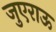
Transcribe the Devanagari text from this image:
जुएराऊ